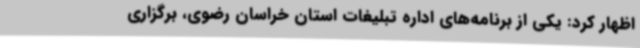
اظهار کرد: یکی از برنامه‌های اداره تبلیغات استان خراسان رضوی، برگزاری